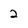
Character: 2